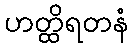
ဟတ္ထိရတနံ